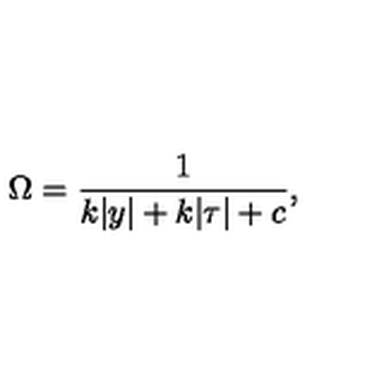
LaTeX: \Omega = { \frac { 1 } { \displaystyle { k | y | + k | \tau | + c } } } , \,